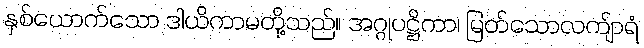
နှစ်ယောက်သော ဒါယိကာမတို့သည်။ အဂ္ဂုပဋ္ဌိကာ၊ မြတ်သောလကျ်ာရံ